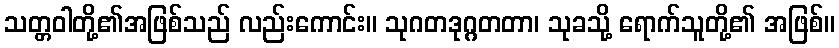
သတ္တဝါတို့၏အဖြစ်သည် လည်းကောင်း။ သုဂတဒုဂ္ဂတတာ၊ သုခသို့ ရောက်သူတို့၏ အဖြစ်။